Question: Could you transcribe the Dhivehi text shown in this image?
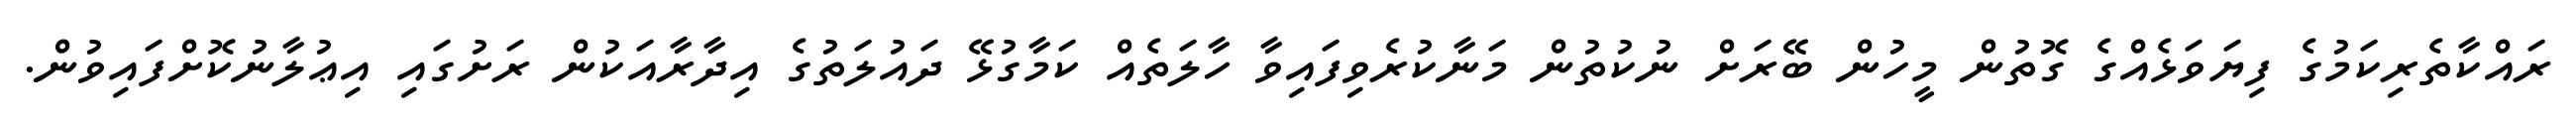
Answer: ރައްކާތެރިކަމުގެ ފިޔަވަޅެއްގެ ގޮތުން މީހުން ބޭރަށް ނުކުތުން މަނާކުރެވިފައިވާ ހާލަތެއް ކަމާގުޅޭ ދައުލަތުގެ އިދާރާއަކުން ރަށުގައި އިޢުލާނުކޮށްފައިވުން.